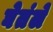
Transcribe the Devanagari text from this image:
घेतंले